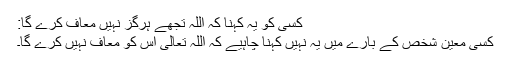
کسی کو یہ کہنا کہ اللہ تجھے ہرگز نہیں معاف کرے گا:
کسی معین شخص کے بارے میں یہ نہیں کہنا چاہیے کہ اللہ تعالیٰ اس کو معاف نہیں کرے گا۔